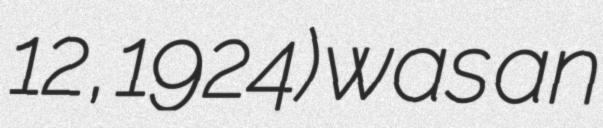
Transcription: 12, 1924) was an